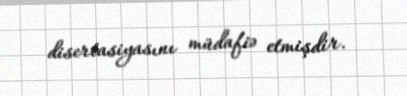
disertasiyasını müdafiə etmişdir.